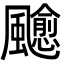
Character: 𩙍